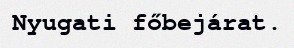
Nyugati főbejárat.